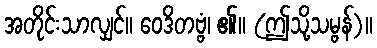
အတိုင်းသာလျှင်။ ဝေဒိတဗ္ဗံ၊ ၏။ (ဤသို့သမ္ဗန်)။